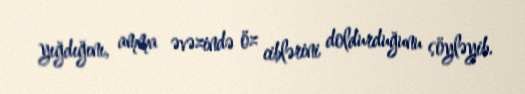
yığdığını, amma əvəzində öz ciblərini doldurduğunu söyləyib.